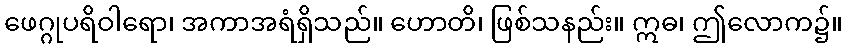
ဖေဂ္ဂုပရိဝါရော၊ အကာအရံရှိသည်။ ဟောတိ၊ ဖြစ်သနည်း။ ဣဓ၊ ဤလောက၌။